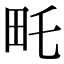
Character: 𤰦